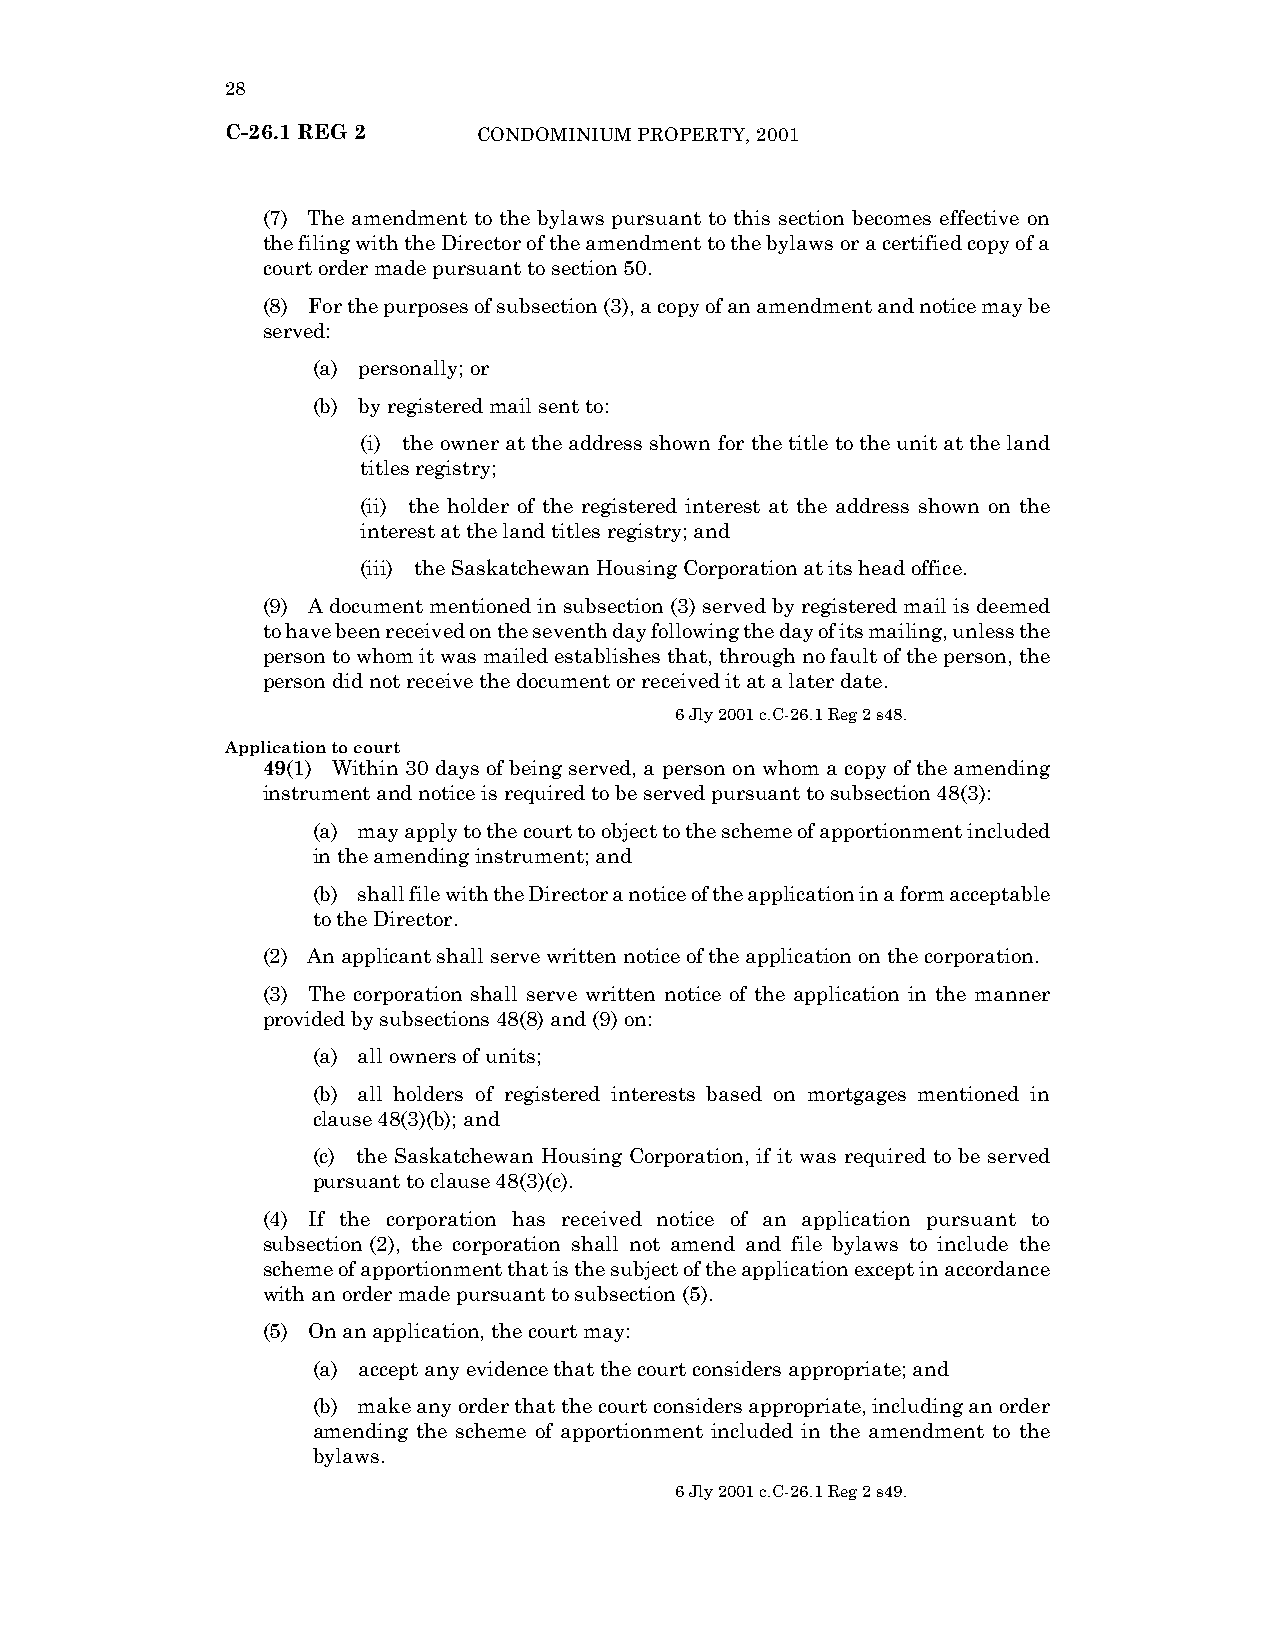
28
 C-26.1 REG 2     CONDOMINIUM PROPERTY, 2001
 (7) The amendment to the bylaws pursuant to this section becomes effective on
 the filing with the Director of the amendment to the bylaws or a certified copy of a
 court order made pursuant to section 50.
 (8) For the purposes of subsection (3), a copy of an amendment and notice may be
 served:
 (a) personally; or
 (b) by registered mail sent to:
 (i) the owner at the address shown for the title to the unit at the land
 titles registry;
 (ii) the holder of the registered interest at the address shown on the
 interest at the land titles registry; and
 (iii) the Saskatchewan Housing Corporation at its head office.
 (9) A document mentioned in subsection (3) served by registered mail is deemed
 to have been received on the seventh day following the day of its mailing, unless the
 person to whom it was mailed establishes that, through no fault of the person, the
 person did not receive the document or received it at a later date.
 6 Jly 2001 c.C-26.1 Reg 2 s48.
 Application to court
 49(1) Within 30 days of being served, a person on whom a copy of the amending
 instrument and notice is required to be served pursuant to subsection 48(3):
 (a) may apply to the court to object to the scheme of apportionment included
 in the amending instrument; and
 (b) shall file with the Director a notice of the application in a form acceptable
 to the Director.
 (2) An applicant shall serve written notice of the application on the corporation.
 (3) The corporation shall serve written notice of the application in the manner
 provided by subsections 48(8) and (9) on:
 (a) all owners of units;
 (b) all holders of registered interests based on mortgages mentioned in
 clause 48(3)(b); and
 (c) the Saskatchewan Housing Corporation, if it was required to be served
 pursuant to clause 48(3)(c).
 (4) If the corporation has received notice of an application pursuant to
 subsection (2), the corporation shall not amend and file bylaws to include the
 scheme of apportionment that is the subject of the application except in accordance
 with an order made pursuant to subsection (5).
 (5) On an application, the court may:
 (a) accept any evidence that the court considers appropriate; and
 (b) make any order that the court considers appropriate, including an order
 amending the scheme of apportionment included in the amendment to the
 bylaws.
 6 Jly 2001 c.C-26.1 Reg 2 s49.